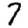
Digit: 7